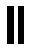
။